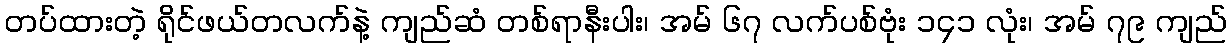
တပ်ထားတဲ့ ရိုင်ဖယ်တလက်နဲ့ ကျည်ဆံ တစ်ရာနီးပါး၊ အမ် ၆၇ လက်ပစ်ဗုံး ၁၄၁ လုံး၊ အမ် ၇၉ ကျည်